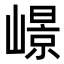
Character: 𡼮